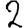
Digit: 2